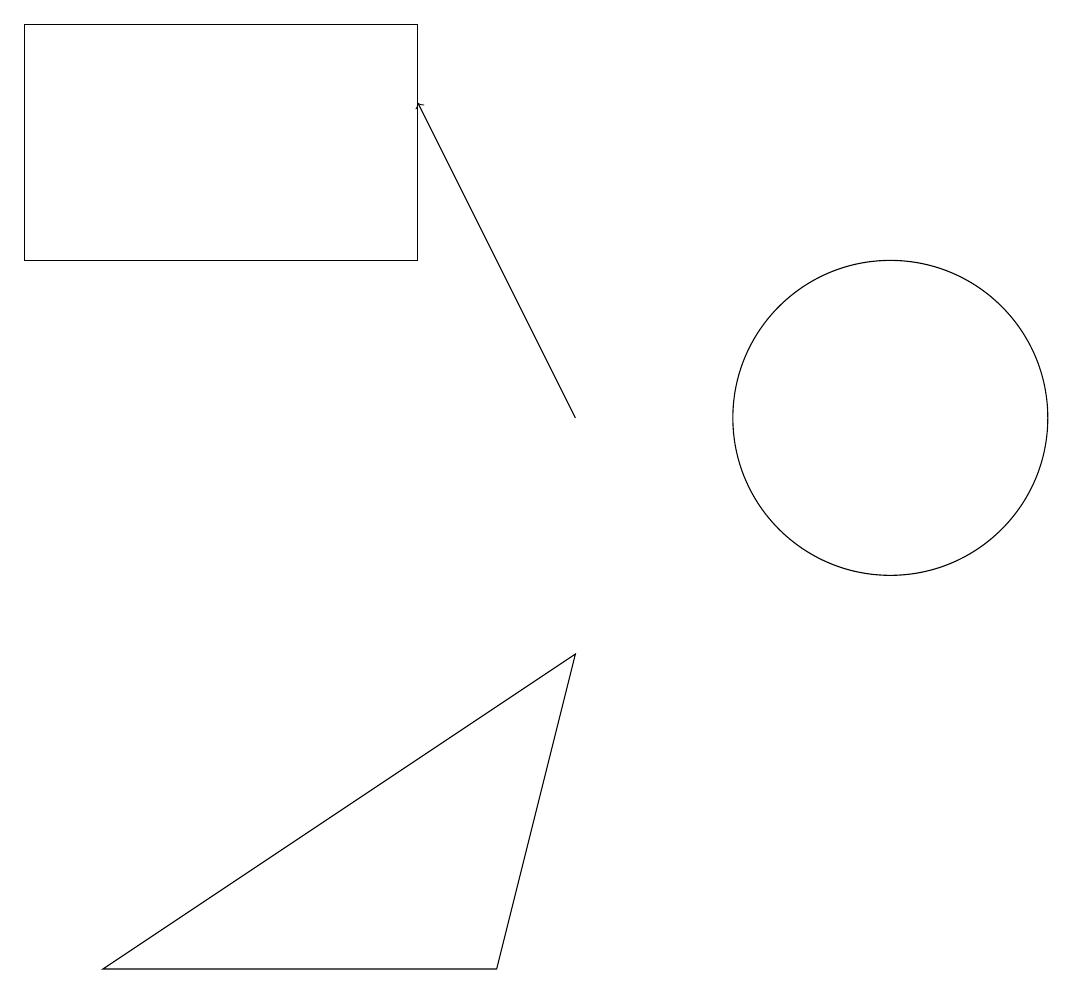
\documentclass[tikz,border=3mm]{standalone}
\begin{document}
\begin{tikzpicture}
\draw[->] (8,12) -- (6,16);
\draw (2,5) -- (7,5) -- (8,9) -- cycle;
\draw (6,14) rectangle (1,17);
\draw (12,12) circle (2);
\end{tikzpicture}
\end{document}